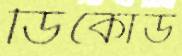
ডিকোড